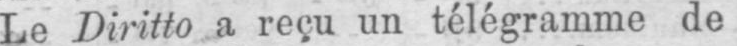
Le Diritto a reçu un télégramme de